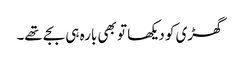
گھڑی کو دیکھا تو بھی بارہ ہی بجے تھے۔